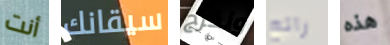
أنت سيقانك ونخرج رائع هذه